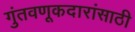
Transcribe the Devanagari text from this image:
गुंतवणूकदारांसाठी